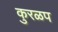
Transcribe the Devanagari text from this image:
कुरळप